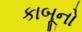
કાબૂનો